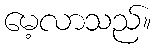
မေ့လာသည်။